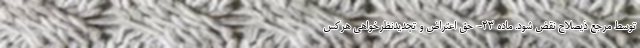
توسط مرجع ذیصلاح نقض شود. ماده ۲۳- حق اعتراض و تجدیدنظرخواهی هرکس